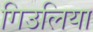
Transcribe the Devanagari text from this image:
गिउलिया